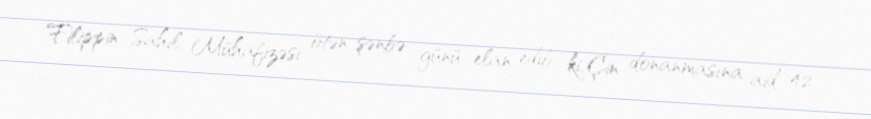
Filippin Sahil Mühafizəsi ötən şənbə günü elan edib ki, Çin donanmasına aid 42